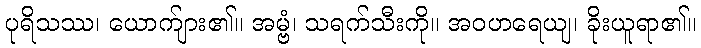
ပုရိသဿ၊ ယောက်ျား၏။ အမ္ဗံ၊ သရက်သီးကို။ အဝဟရေယျ၊ ခိုးယူရာ၏။